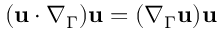
( \mathbf u \cdot \nabla _ { \Gamma } ) \mathbf u = ( \nabla _ { \Gamma } \mathbf u ) \mathbf u